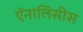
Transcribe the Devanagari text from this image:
ऍनालिसीस